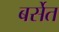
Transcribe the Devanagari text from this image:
बर्सेत